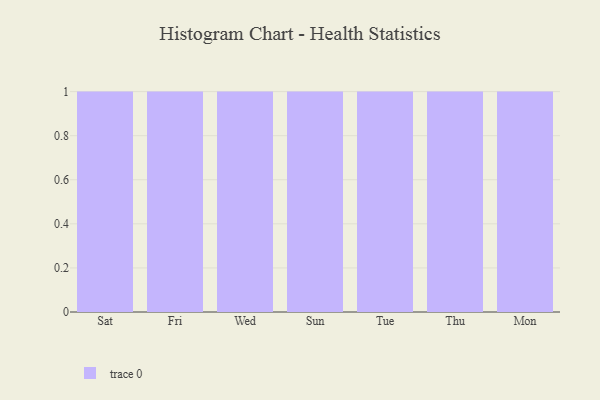
{"axis": {"x": "Day", "y": "Website Visitors"}, "legend": [""], "data": [{"x": "Sat", "y": 52, "type": ""}, {"x": "Fri", "y": 49, "type": ""}, {"x": "Wed", "y": 82, "type": ""}, {"x": "Sun", "y": 88, "type": ""}, {"x": "Tue", "y": 100, "type": ""}, {"x": "Thu", "y": 47, "type": ""}, {"x": "Mon", "y": 88, "type": ""}]}